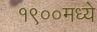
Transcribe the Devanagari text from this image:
१९००मध्ये